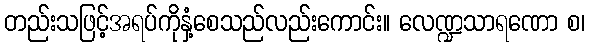
တည်းသဖြင့်အရပ်ကိုနှံ့စေသည်လည်းကောင်း။ လေဏ္ဍသာရဏော စ၊